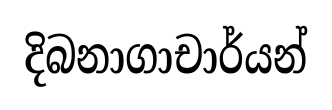
දිබනාගාචාර්යන්